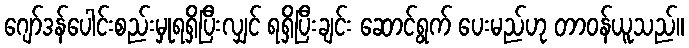
ဂျော်ဒန်ပေါင်းစည်းမှုရရှိပြီးလျှင် ရရှိပြီးချင်း ဆောင်ရွက် ပေးမည်ဟု တာဝန်ယူသည်။